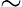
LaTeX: \mathrm{\sim}